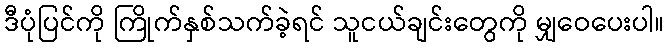
ဒီပုံပြင်ကို ကြိုက်နှစ်သက်ခဲ့ရင် သူငယ်ချင်းတွေကို မျှဝေပေးပါ။